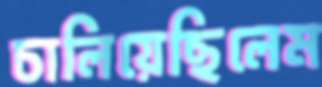
চালিয়েছিলেম